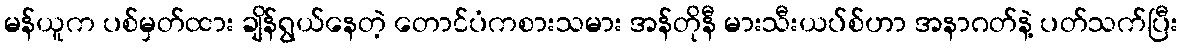
မန်ယူက ပစ်မှတ်ထား ချိန်ရွယ်နေတဲ့ တောင်ပံကစားသမား အန်တိုနီ မားသီးယပ်စ်ဟာ အနာဂတ်နဲ့ ပတ်သက်ပြီး